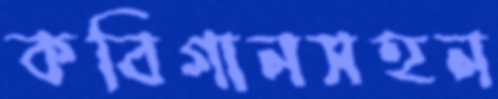
কবিগানসহন